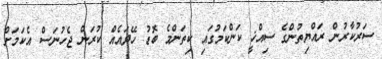
ސަރުކާރުން ރައްޔިތުންގެ ސިއްޚީ ކަންކަމުގައި ކިތަންމެ ބޮޑު ހޭދައެއް ކުރަން ޖެހުނަސް އެކަމަށް